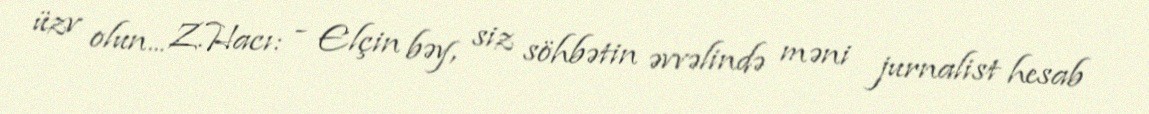
üzv olun... Z.Hacı: - Elçin bəy, siz söhbətin əvvəlində məni jurnalist hesab